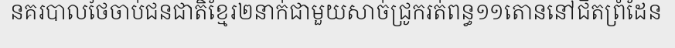
នគរបាលថៃចាប់ជនជាតិខ្មែរ២នាក់ជាមួយសាច់ជ្រូករត់ពន្ធ១១តោននៅជិតព្រំដែន